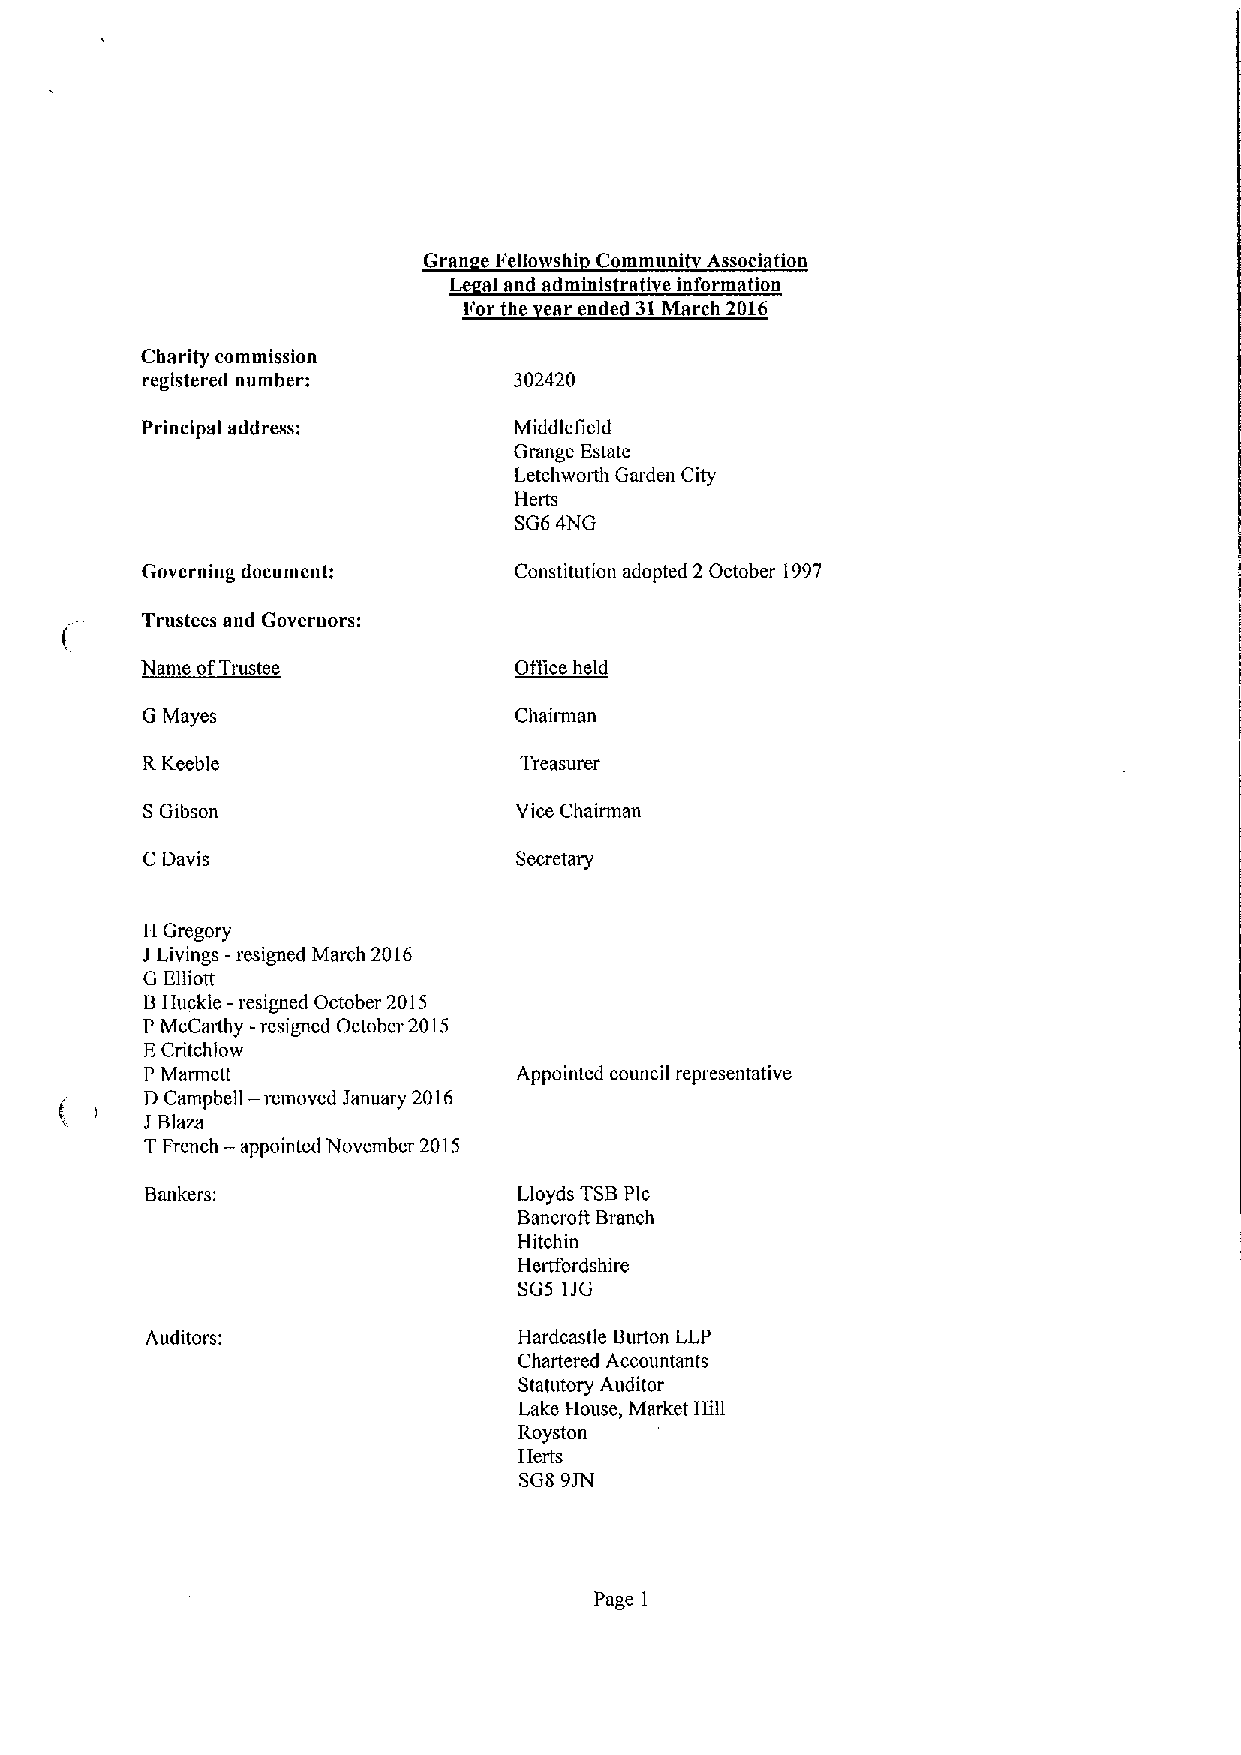
Gran e Fettowsht Cornmuni Association
 al and administrative information
 For the ear ended 31March 2016
 Charity commission
 registered number:       302420
 Principal address:       Middlefield
 Grange Estate
 Letchworth Garden City
 Herts
 SG64NG
 Governing document:      Constitution adopted 2 October 1997
 Trustees and Governors:
 Name ofTrustee           Office held
 G Mayes                  Chairman
 RKeeble                  Treasurer
 SGibson                  Vice Chairman
 CDavis                   Secretary
 H Gregory
 J Livings -resigned March 2016
 G El iott
 1
 BHuckle -resigned October 2015
 P McCarthy -resigned October 2015
 ECritchlow
 P Marmett               Appointed council representative
 D Campbell — removed January 2016
 JBlaze
 TFrench — appointed November 2015
 Bankers:                Lloyds TSBPic
 Bancroft Branch
 Hitchin
 Hertfordshire
 SG5 1JG
 Auditors:               Hardcastle Burton LLP
 Chartered Accountants
 Statutory Auditor
 Lake House, Market Hill
 Royston
 Herts
 SGS 9JN
 Page 1